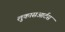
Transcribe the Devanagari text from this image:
लुकासआर्टस